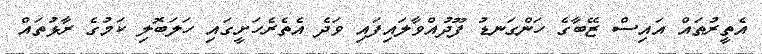
އެތީރުތައް އައިސް ޒޭބާގެ ހަންގަނޑު ފޫދުއްވާލައިފައި ވަދެ އެތެރެހަށީގައި ހަލަބޮލި ކަމުގެ ރާޅުތައް